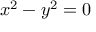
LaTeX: x ^ { 2 } - y ^ { 2 } = 0